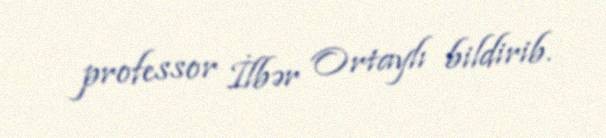
professor İlbər Ortaylı bildirib.